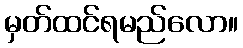
မှတ်ထင်ရမည်လော။